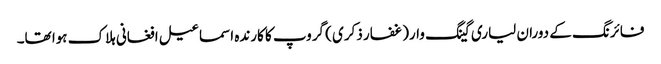
فائرنگ کے دوران لیاری گینگ وار(غفار ذکری ) گروپ کا کارندہ اسماعیل افغانی ہلاک ہوا تھا۔